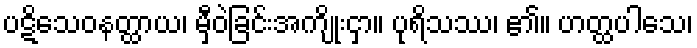
ပဋိသေဝနတ္ထာယ၊ မှီဝဲခြင်းအကျိုးငှာ။ ပုရိသဿ၊ ၏။ ဟတ္ထပါသေ၊